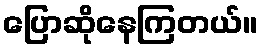
ပြောဆိုနေကြတယ်။